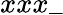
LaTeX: xxx\_